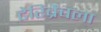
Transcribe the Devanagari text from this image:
टेरिब्रैचला